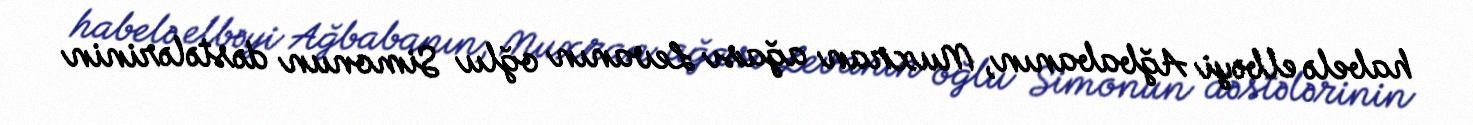
habelə elbəyi Ağbabanın, Muxran ağası Levanın oğlu Simonun dəstələrinin